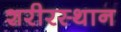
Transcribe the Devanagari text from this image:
शरीरस्थान